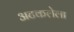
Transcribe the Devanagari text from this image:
अटकलेला